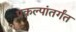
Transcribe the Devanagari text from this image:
प्रकल्पांतर्गंत